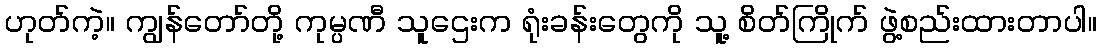
ဟုတ်ကဲ့။ ကျွန်တော်တို့ ကုမ္ပဏီ သူဌေးက ရုံးခန်းတွေကို သူ့ စိတ်ကြိုက် ဖွဲ့စည်းထားတာပါ။